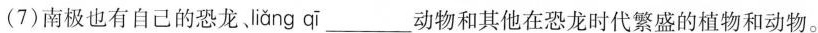
(7)南极也有自己的恐龙 Jliǎng qī ___动物和其他在恐龙时代繁盛的植物和动物。